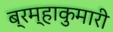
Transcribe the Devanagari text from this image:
ब्रम्हाकुमारी